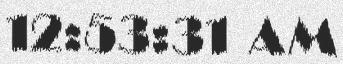
12:53:31 AM